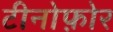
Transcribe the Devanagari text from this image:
टीनोफ़ोर